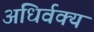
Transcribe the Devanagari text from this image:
अधिर्वक्य